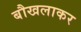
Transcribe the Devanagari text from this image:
बौखलाकर